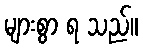
များစွာ ရ သည်။